Vaccination in Bombay 1924-1928 - 1924-1928
Year: 1924
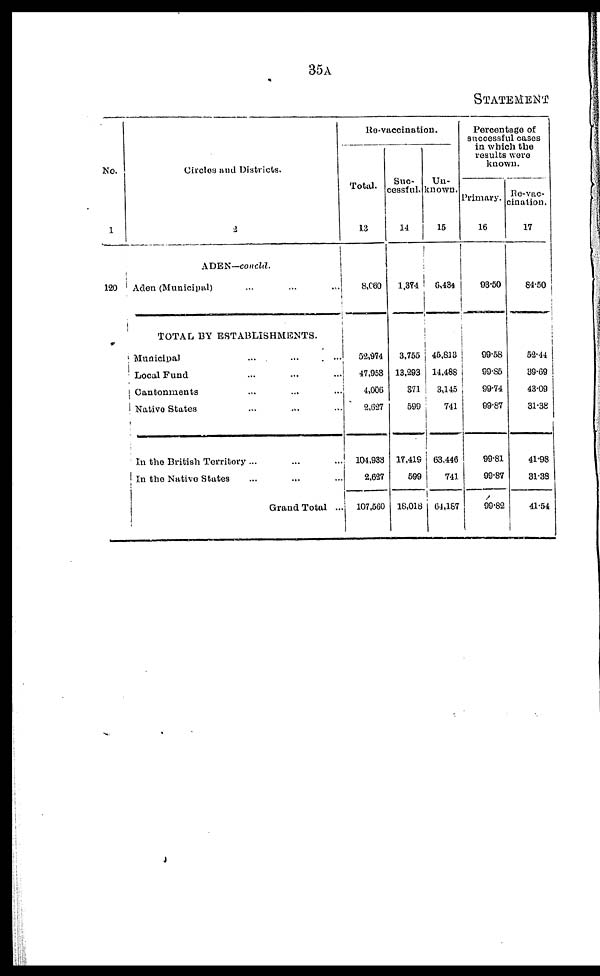
35A
STATEMENT
No.
1
120
Circles and Districts.
2
ADEN—concld.
Aden (Municipal) ... ... ...
TOTAL BY ESTABLISHMENTS.
Municipal ... ... ...
Local Fund ... ... ...
Cantonments ... ... ...
Native States ... ... ...
In the British Territory ...
In the Native States
Grand Total ...
Re-vaccination.
Total.
13
8,060
52,974
47,958
4,006
2,627
104,933
2,627
107,560
Suc-
cessful.
14
1,374
3,755
13,293
371
599
17,419
599
18,018
Un-
known.
15
6,434
45,813
14,488
3,145
741
63,446
741
64,167
Percentage of
successful cases
in which the
results were
known.
Primary.
16
93.50
99.58
99.85
99.74
99.87
99.81
99.87
99.82
Re-vac-
cination.
17
84.50
52.44
39.69
43.09
31.38
41.98
31.38
41.54